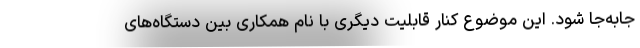
جابه‌جا شود. این موضوع کنار قابلیت دیگری با نام همکاری بین دستگاه‌های